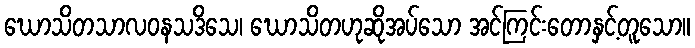
ဃောသိတသာလဝနသဒိသေ၊ ဃောသိတဟုဆိုအပ်သော အင်ကြင်းတောနှင့်တူသော။